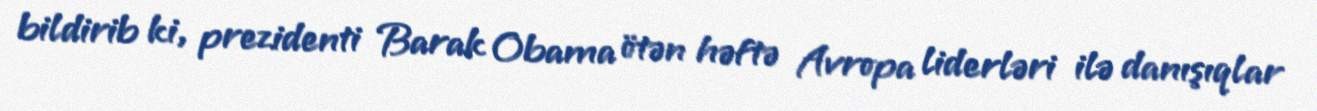
bildirib ki, prezidenti Barak Obama ötən həftə Avropa liderləri ilə danışıqlar